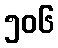
၅၀၆